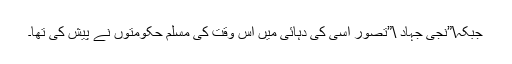
جبکہ\”نجی جہاد \”تصور اسی کی دہائی میں اس وقت کی مسلم حکومتوں نے پیش کی تھا۔